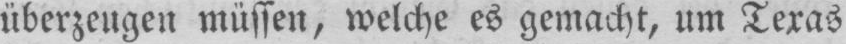
überzeugen müssen, welche es gemacht, um Texas